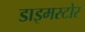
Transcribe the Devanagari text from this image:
डाइमस्टोर